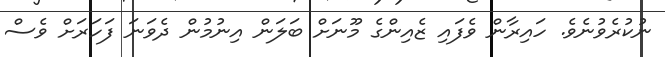
ނުކުރެވުނެވެ. ހައިރާން ވެފައި ޒެއިންގެ މޫނަށް ބަލަން އިނުމުން ދެވަނަ ފަހަރަށް ވެސް